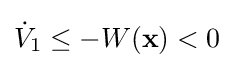
{\dot {V}}_{1}\leq -W(\mathbf {x} )<0